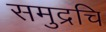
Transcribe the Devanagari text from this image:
समुद्रचि